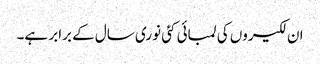
ان لکیروں کی لمبائی کئی نوری سال کے برابر ہے۔